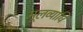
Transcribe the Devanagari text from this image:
मूलव्याधि